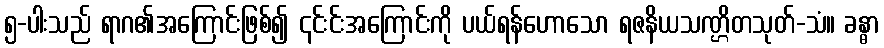
၅-ပါးသည် ရာဂ၏အကြောင်းဖြစ်၍ ၎င်းင်းအကြောင်းကို ပယ်ရန်ဟောသော ရဇနိယသဏ္ဌိတသုတ်-သံ။ ခန္ဓာ